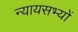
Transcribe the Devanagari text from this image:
न्यायसभ्यों